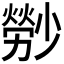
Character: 𤎤